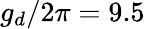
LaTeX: g_{d}/2\pi=9.5